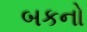
બકનો